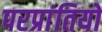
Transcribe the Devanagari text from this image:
परप्रांतियों